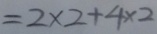
= 2 \times 2 + 4 \times 2